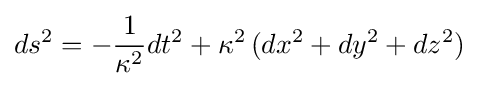
ds^{2}=-{\frac {1}{\kappa ^{2}}}dt^{2}+\kappa ^{2}\,(dx^{2}+dy^{2}+dz^{2})